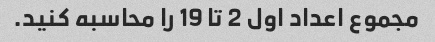
مجموع اعداد اول 2 تا 19 را محاسبه کنید.